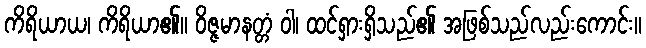
ကိရိယာယ၊ ကိရိယာ၏။ ဝိဇ္ဇမာနတ္တံ ဝါ၊ ထင်ရှားရှိသည်၏ အဖြစ်သည်လည်းကောင်း။